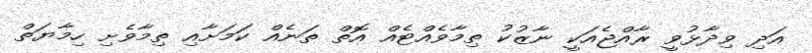
އަދި ވިދާޅުވީ ރާއްޖެއަކީ ނާޒުކު ތިމާވެއްޓެއް އޮތް ތަނެއް ކަމަށާއި ތިމާވެށި ހިމާޔަތް